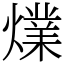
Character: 㸁